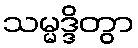
သမ္မဒ္ဒိတွာ